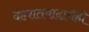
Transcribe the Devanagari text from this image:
दहशतवादाचेही